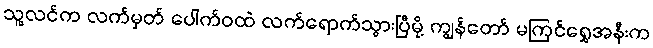
သူ့လင်က လက်မှတ် ပေါက်ဝထဲ လက်ရောက်သွားပြီမို့ ကျွန်တော် မကြင်ရွှေအနီးက